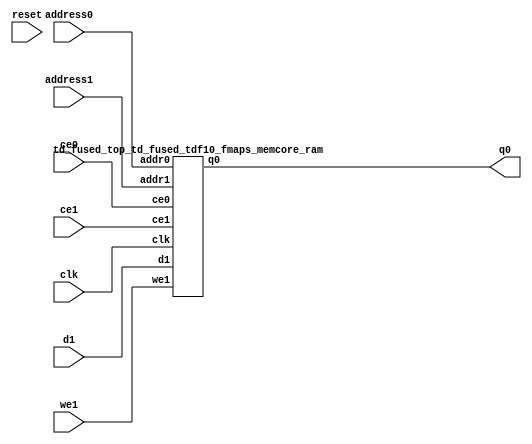
`define EXPONENT 5
`define MANTISSA 10
`define ACTUAL_MANTISSA 11
`define EXPONENT_LSB 10
`define EXPONENT_MSB 14
`define MANTISSA_LSB 0
`define MANTISSA_MSB 9
`define MANTISSA_MUL_SPLIT_LSB 3
`define MANTISSA_MUL_SPLIT_MSB 9
`define SIGN 1
`define SIGN_LOC 15
`define DWIDTH (`SIGN+`EXPONENT+`MANTISSA)
`define IEEE_COMPLIANCE 1

module td_fused_top_td_fused_tdf10_fmaps_memcore(
    reset,
    clk,
    address0,
    ce0,
    q0,
    address1,
    ce1,
    we1,
    d1);

parameter DataWidth = 32'd64;
parameter AddressRange = 32'd3136;
parameter AddressWidth = 32'd12;
input reset;
input clk;
input[AddressWidth - 1:0] address0;
input ce0;
output[DataWidth - 1:0] q0;
input[AddressWidth - 1:0] address1;
input ce1;
input we1;
input[DataWidth - 1:0] d1;



td_fused_top_td_fused_tdf10_fmaps_memcore_ram td_fused_top_td_fused_tdf10_fmaps_memcore_ram_U(
    .clk( clk ),
    .addr0( address0 ),
    .ce0( ce0 ),
    .q0( q0 ),
    .addr1( address1 ),
    .ce1( ce1 ),
    .we1( we1 ),
    .d1( d1 )
);

endmodule
module td_fused_top_td_fused_tdf10_fmaps_memcore_ram (addr0, ce0, q0, addr1, ce1, d1, we1,  clk);

parameter DWIDTH = 64;
parameter AWIDTH = 12;
parameter MEM_SIZE = 3136;

input[AWIDTH-1:0] addr0;
input ce0;
output reg[DWIDTH-1:0] q0;
input[AWIDTH-1:0] addr1;
input ce1;
input[DWIDTH-1:0] d1;
input we1;
input clk;

 reg [DWIDTH-1:0] ram[MEM_SIZE-1:0];




always @(posedge clk)  
begin 
    if (ce0) begin
        q0 <= ram[addr0];
    end
end


always @(posedge clk)  
begin 
    if (ce1) begin
        if (we1) 
            ram[addr1] <= d1; 
    end
end


endmodule